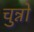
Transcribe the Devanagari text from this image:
चुन्नो